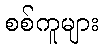
စစ်ကူများ